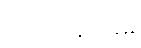
ဘဏ်ဝန်ထမ်း